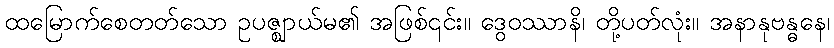
ထမြောက်စေတတ်သော ဥပဇ္ဈာယ်မ၏ အဖြစ်၎င်း။ ဒွေဝဿာနိ၊ တို့ပတ်လုံး။ အနာနုဗန္ဓနေ၊